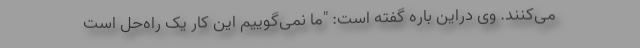
می‌کنند. وی دراین باره گفته است: "ما نمی‌گوییم این کار یک راه‌حل است